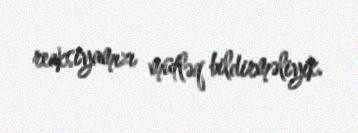
reaksiyamızı mütləq bildirməliyik.